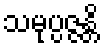
သမုပ္ပဇ္ဇန္တိ